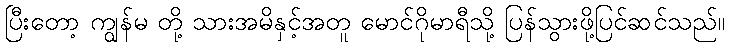
ပြီးတော့ ကျွန်မ တို့ သားအမိနှင့်အတူ မောင်ဂိုမာရီသို့ ပြန်သွားဖို့ပြင်ဆင်သည်။